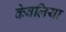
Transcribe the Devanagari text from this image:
केवलिया